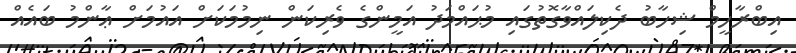
އިބްރާހީމް ޝިހާބު ދެކިލައްވާގޮތުގައި މުޙައްމަދު އަމީންގެ ވެރިކަން ނިމުމަކަށް އައުމަށް ޢާންމު ބައެއް